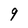
Character: 9